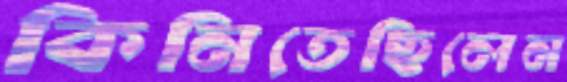
কিনিতেছিলেন